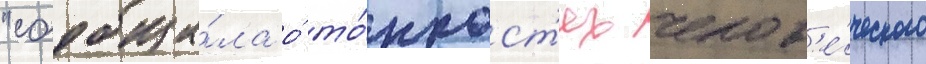
"сообща́ла о́ то́нкост'ях челов'е́ческого